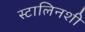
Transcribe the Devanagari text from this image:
स्टालिनशी